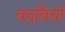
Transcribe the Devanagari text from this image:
बदवियों